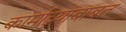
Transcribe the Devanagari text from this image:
कार्माच्र्यांबाबत